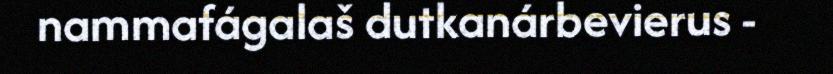
nammafágalaš dutkanárbevierus -